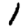
Digit: 1